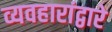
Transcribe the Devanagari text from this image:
व्यवहारांद्वारे